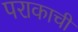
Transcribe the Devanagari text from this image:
पराकाची